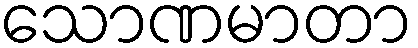
သောဏမာတာ